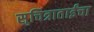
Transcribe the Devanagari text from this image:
सुचित्राताईंचा